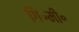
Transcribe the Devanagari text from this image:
गि॰मी॰